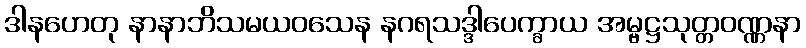
ဒါနဟေတု နာနာဘိသမယဝသေန နဂရသဒ္ဒါပေက္ခာယ အမ္ဗဋ္ဌသုတ္တဝဏ္ဏနာ